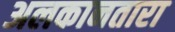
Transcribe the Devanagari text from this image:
अलकानतारा